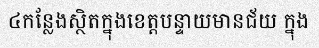
៤កន្លែងស្ថិតក្នុងខេត្តបន្ទាយមានជ័យ ក្នុង